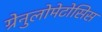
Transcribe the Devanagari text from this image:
ग्रेनुलोमेटोसिस